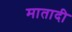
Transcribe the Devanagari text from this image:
मातादी